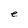
Character: e